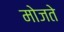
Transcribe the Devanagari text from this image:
मोजते